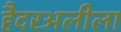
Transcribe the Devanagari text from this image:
हैदरअलीला